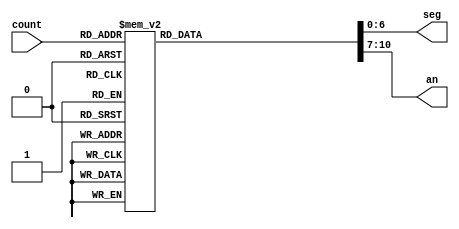
module choose_pattern_from_count(count, seg, an);
    input [2:0] count;
    output [6:0] seg; // abcdefg
    output [0:3] an;

    reg [6:0] seg;
    reg [0:3] an;

    always @(*)
        case (count)
            0:
            begin
                seg = 7'b0011100; // abgf
                an  = 4'b0111;    // leftmost
            end
            1:
            begin
                seg = 7'b0011100; // abgf
                an  = 4'b1011;    // left center
            end
            2:
            begin
                seg = 7'b0011100; // abgf
                an  = 4'b1101;    // right center
            end
            3:
            begin
                seg = 7'b0011100; // abgf
                an  = 4'b1110;    // rightmost
            end
            4:
            begin
                seg = 7'b1100010; // cdeg
                an  = 4'b1110;    // rightmost
            end
            5:
            begin
                seg = 7'b1100010; // cdeg
                an  = 4'b1101;    // right center
            end
            6:
            begin
                seg = 7'b1100010; // cdeg
                an  = 4'b1011;    // left center
            end
            7:
            begin
                seg = 7'b1100010; // cdeg
                an  = 4'b0111;    // leftmost
            end
        endcase

endmodule
module heartbreat_top_module(clk, btnU, seg, an);
    parameter C = 28; //27..0 counter
    parameter N7 = 7 ;
    parameter N4 = 4 ;
    parameter CRYSTAL = 100 ; // 100 MHZ
    parameter NUM_SEC = 1 ;
    parameter STOPAT = (CRYSTAL * 1_000_000 * NUM_SEC)- 1 ;

    input clk, btnU;
    output [0:6] seg; // abcdefg
    wire   [2:0] zero_to_8_counter;
    output [3:0] an;
    wire [C-1:0] big_counter;
    wire one_second_clock;

    mod_counter #(C,STOPAT) MOD_COUNTER(clk, btnU, big_counter, one_second_clock);
    counter #(3) COUNTER(clk, btnU, one_second_clock, zero_to_8_counter);

    choose_pattern_from_count PATTERN(zero_to_8_counter, seg, an);
endmodule